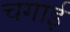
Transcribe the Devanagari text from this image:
चगाई